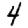
Digit: 4